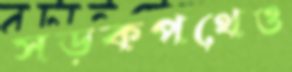
সড়কপথেও